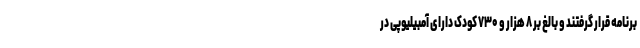
برنامه قرار گرفتند و بالغ بر ۸ هزار و ۷۳۰ کودک دارای آمبیلیوپی در